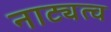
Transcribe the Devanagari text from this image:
नाट्यत्व